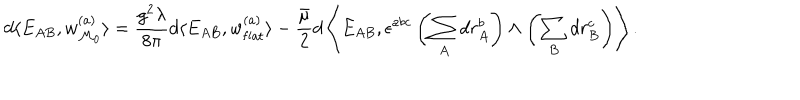
d \langle E _ { A B } , w _ { { \cal M } _ { 0 } } ^ { ( a ) } \rangle = \frac { g ^ { 2 } \lambda } { 8 \pi } d \langle E _ { A B } , w _ { \mathrm { f l a t } } ^ { ( a ) } \rangle - \frac { \bar { \mu } } { 2 } d \left\langle E _ { A B } , \epsilon ^ { a b c } \left( \sum _ { A } d r _ { A } ^ { b } \right) \wedge \left( \sum _ { B } d r _ { B } ^ { c } \right) \right\rangle .